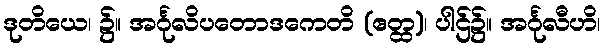
ဒုတိယေ၊ ၌။ အင်္ဂုလိပတောဒကေတိ (ဧတ္ထ)၊ ပါဌ်၌။ အင်္ဂုလီဟိ၊